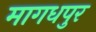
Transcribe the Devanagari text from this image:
मागधपुर